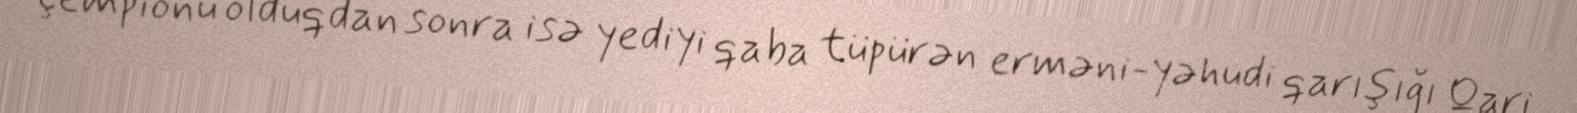
çempionu olduqdan sonra isə yediyi qaba tüpürən erməni-yəhudi qarışığı Qari